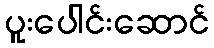
ပူးပေါင်းဆောင်